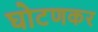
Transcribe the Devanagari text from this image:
घोटणकर